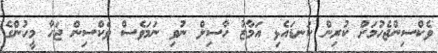
ވެކްސިންޖެހުމަށް ކުރިން ކަނޑައެޅި އަމާޒު ހާސިލް ނުވި ނަމަވެސް ވެކްސިން ޖަހާ މީހުންގެ